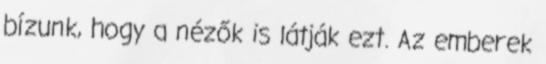
bízunk, hogy a nézők is látják ezt. Az emberek